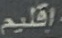
اقلیم